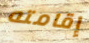
إقامته